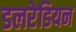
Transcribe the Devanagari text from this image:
डलरेडियन